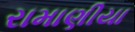
રામાણીયા